Civil Veterinary Dept. North-West Frontier Province 1901-22 - 1901-1922
Year: 1901
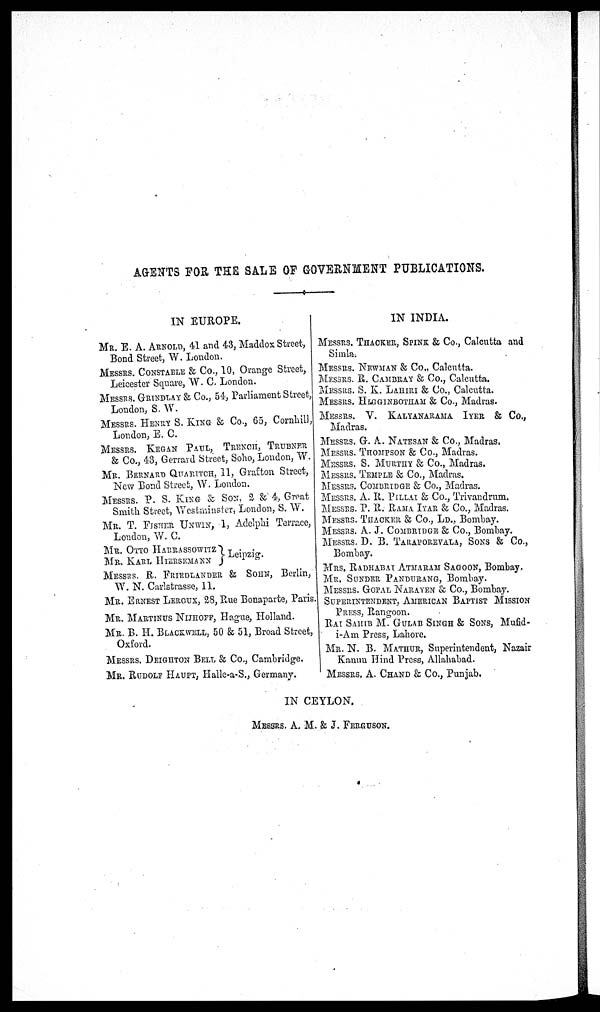
AGENTS FOR THE SALE OF GOVERNMENT PUBLICATIONS.
IN EUROPE.
MR. E. A. ARNOLD, 41 and 43, Maddox Street,
Bond Street, W. London.
MESSRS. CONSTABLE & Co., 10, Orange Street,
Leicester Square, W. C. London.
MESSRS. GRINDLAY & Co., 54, Parliament Street,
London, S. W.
MESSRS. HENRY S. KING & Co., 65, Cornhill,
London, E. C.
MESSRS. KEGAN PAUL, TRENCH, TRUBNER
& Co., 43, Gerrard Street, Soho, London, W.
MR. BERNARD QUARITCH, 11, Grafton Street,
New Bond Street, W. London.
MESSRS. P. S. KING & SON, 2 & 4, Great
Smith Street, Westminster, London, S. W.
MR. T. FISHER UNWIN, 1, Adelphi Terrace,
London, W. C.
MR. OTTO
HARRASSOWITZ
MR. KARL HIERSEMANN
Leipzig.
MESSRS. R. FRIEDLANDER & SOHN, Berlin,
W. N. Carlstrasse, 11.
MR. ERNEST LEROUX, 28, Rue Bonaparte, Paris.
MR. MARTENUS NIJHOFF, Hague, Holland.
MR. B. H. BLACKWELL, 50 & 51, Broad Street,
Oxford.
MESSRS. DEIGHTON BELL & Co., Cambridge.
MR. RUDOLE HAUPT, Halle-a-S., Germany.
IN INDIA.
MESSRS. THACKER, SPINK & Co., Calcutta and
Simla.
MESSRS. NEWMAN & Co., Calcutta.
MESSRS. R. CAMBRAY & Co., Calcutta.
MESSRS. S. K. LAHIRI & Co., Calcutta.
MESSRS. HIGGINBOTHAM & Co., Madras.
MESSRS. V. KALYANARAMA IYER & Co.,
Madras.
MESSRS. G. A. NATESAN & Co., Madras.
MESSRS. THOMPSON & Co., Madras.
MESSRS. S. MURTHY & Co., Madras.
MESSRS. TEMPLE & Co., Madras.
MESSRS. COMBRIDGE & Co., Madras.
MESSRS. A. R. PILLAI & Co., Trivandrum.
MESSRS. P. R. RAMA IYAR & Co., Madras.
MESSRS. THACKER & Co., LD., Bombay.
MESSRS. A. J. COMBRIDGE & Co., Bombay.
MESSRS. D. B. TARAPOREVALA, SONS & Co.,
Bombay.
MRs. RADHABAI ATMARAM SAGOON, Bombay,
MR. SUNDER PANDURANG, Bombay.
MESSRS. GOPAL NARAYEN & Co., Bombay.
SUPERINTENDENT, AMERICAN BAPTIST MISSION
PRESS, Rangoon.
RAI SAHIB M. GULAB SINGH & SONS, Mufid-
i-Am Press, Lahore.
MR. N. B. MATHUR, Superintendent, Nazair
Kanun Hind Press, Allahabad.
MESSRS. A. CHAND & Co., Punjab.
IN CEYLON.
MESSRS. A. M. & J. FERGUSON.